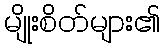
မျိုးစိတ်များ၏